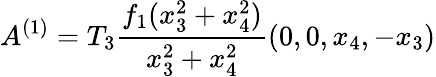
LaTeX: A^{(1)}=T_{3}\frac{f_{1}(x_{3}^{2}+x_{4}^{2})}{x_{3}^{2}+x_{4}^{2}}(0,0,x_{4},-x_{3})